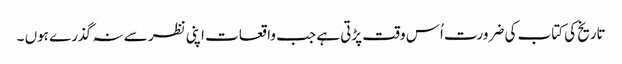
تاریخ کی کتاب کی ضرورت اُس وقت پڑتی ہے جب واقعات اپنی نظر سے نہ گذرے ہوں ۔